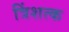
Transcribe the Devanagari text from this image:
त्रिंशत्क